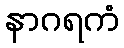
နာဂရကံ